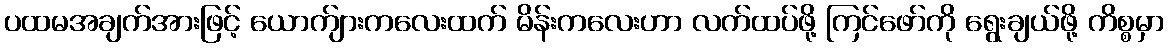
ပထမအချက်အားဖြင့် ယောက်ျားကလေးထက် မိန်းကလေးဟာ လက်ထပ်ဖို့ ကြင်ဖော်ကို ရွေးချယ်ဖို့ ကိစ္စမှာ